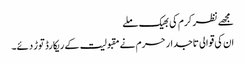
مجھے نظر کرم کی بھیک ملے
ان کی قوالی تاجدار حرم نے مقبولیت کے ریکارڈ توڑ دئے۔